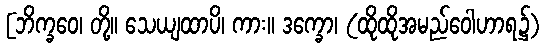
[ဘိက္ခဝေ၊ တို့။ သေယျထာပိ၊ ကား။ ဒက္ခော၊ (ထိုထိုအမည်ဝေါဟာရ၌)